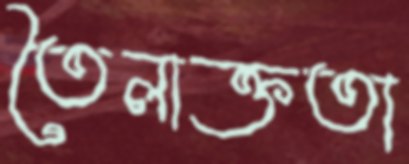
তৈলাক্ততা